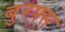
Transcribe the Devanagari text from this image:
बुरफ्स